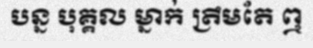
បន្ន បុគ្គល ម្នាក់ ត្រឹមតែ ឮ